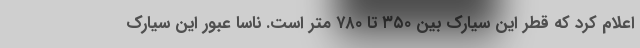
اعلام کرد که قطر این سیارک بین ۳۵۰ تا ۷۸۰ متر است. ناسا عبور این سیارک